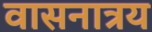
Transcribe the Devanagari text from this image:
वासनात्रय